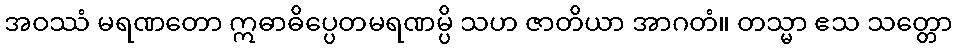
အဝဿံ မရဏတော ဣဓာဓိပ္ပေတမရဏမ္ပိ သဟ ဇာတိယာ အာဂတံ။ တသ္မာ ဧသ သတ္တော